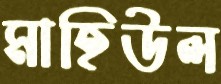
মাহিউল